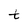
Character: t